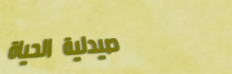
صيدلية الحياة